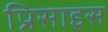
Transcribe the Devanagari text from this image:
प्रिसाइस